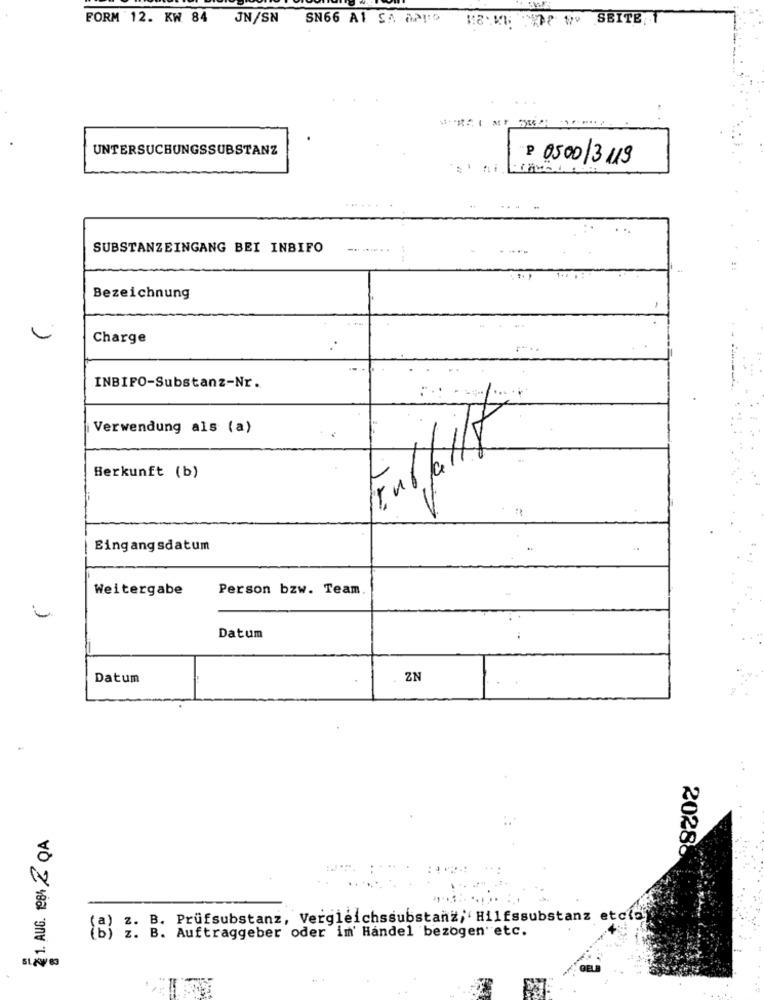
FORM 12. KW 84 JN/SN SN66 A1 SA APPS HOME OP . SEITE 1
UNTERSUCHUNGSSUBSTANZ
P 0500/3119
SUBSTANZEINGANG BEI INBIFO
Bezeichnung
Charge
INBIFO-Substanz-Nr.
Verwendung als (a)
Herkunft (b)
Eingangsdatum
Weitergabe
Person bzw. Team
Datum
Datum
ZN
₹1. AUG. 1e8h 2 OA
2028-
a) z. B. Prüfsubstanz, Vergleichssubstanz, Hilfssubstanz etc(d)
B. Auftraggeber oder im' Handel bezogen etc.